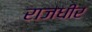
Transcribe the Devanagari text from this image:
राजधीर